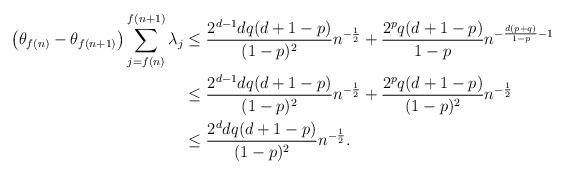
LaTeX: \begin{align*} \left(\theta_{f(n)}-\theta_{f(n+1)}\right)\sum_{j=f(n)}^{f(n+1)}\lambda_j&\le\frac{2^{d-1}dq(d+1-p)}{(1-p)^2}n^{-\frac{1}{2}}+\frac{2^pq(d+1-p)}{1-p}n^{-\frac{d(p+q)}{1-p}-1}\\ &\le\frac{2^{d-1}dq(d+1-p)}{(1-p)^2}n^{-\frac{1}{2}}+\frac{2^pq(d+1-p)}{(1-p)^2}n^{-\frac{1}{2}}\\ &\le\frac{2^ddq(d+1-p)}{(1-p)^2}n^{-\frac{1}{2}}. \end{align*}